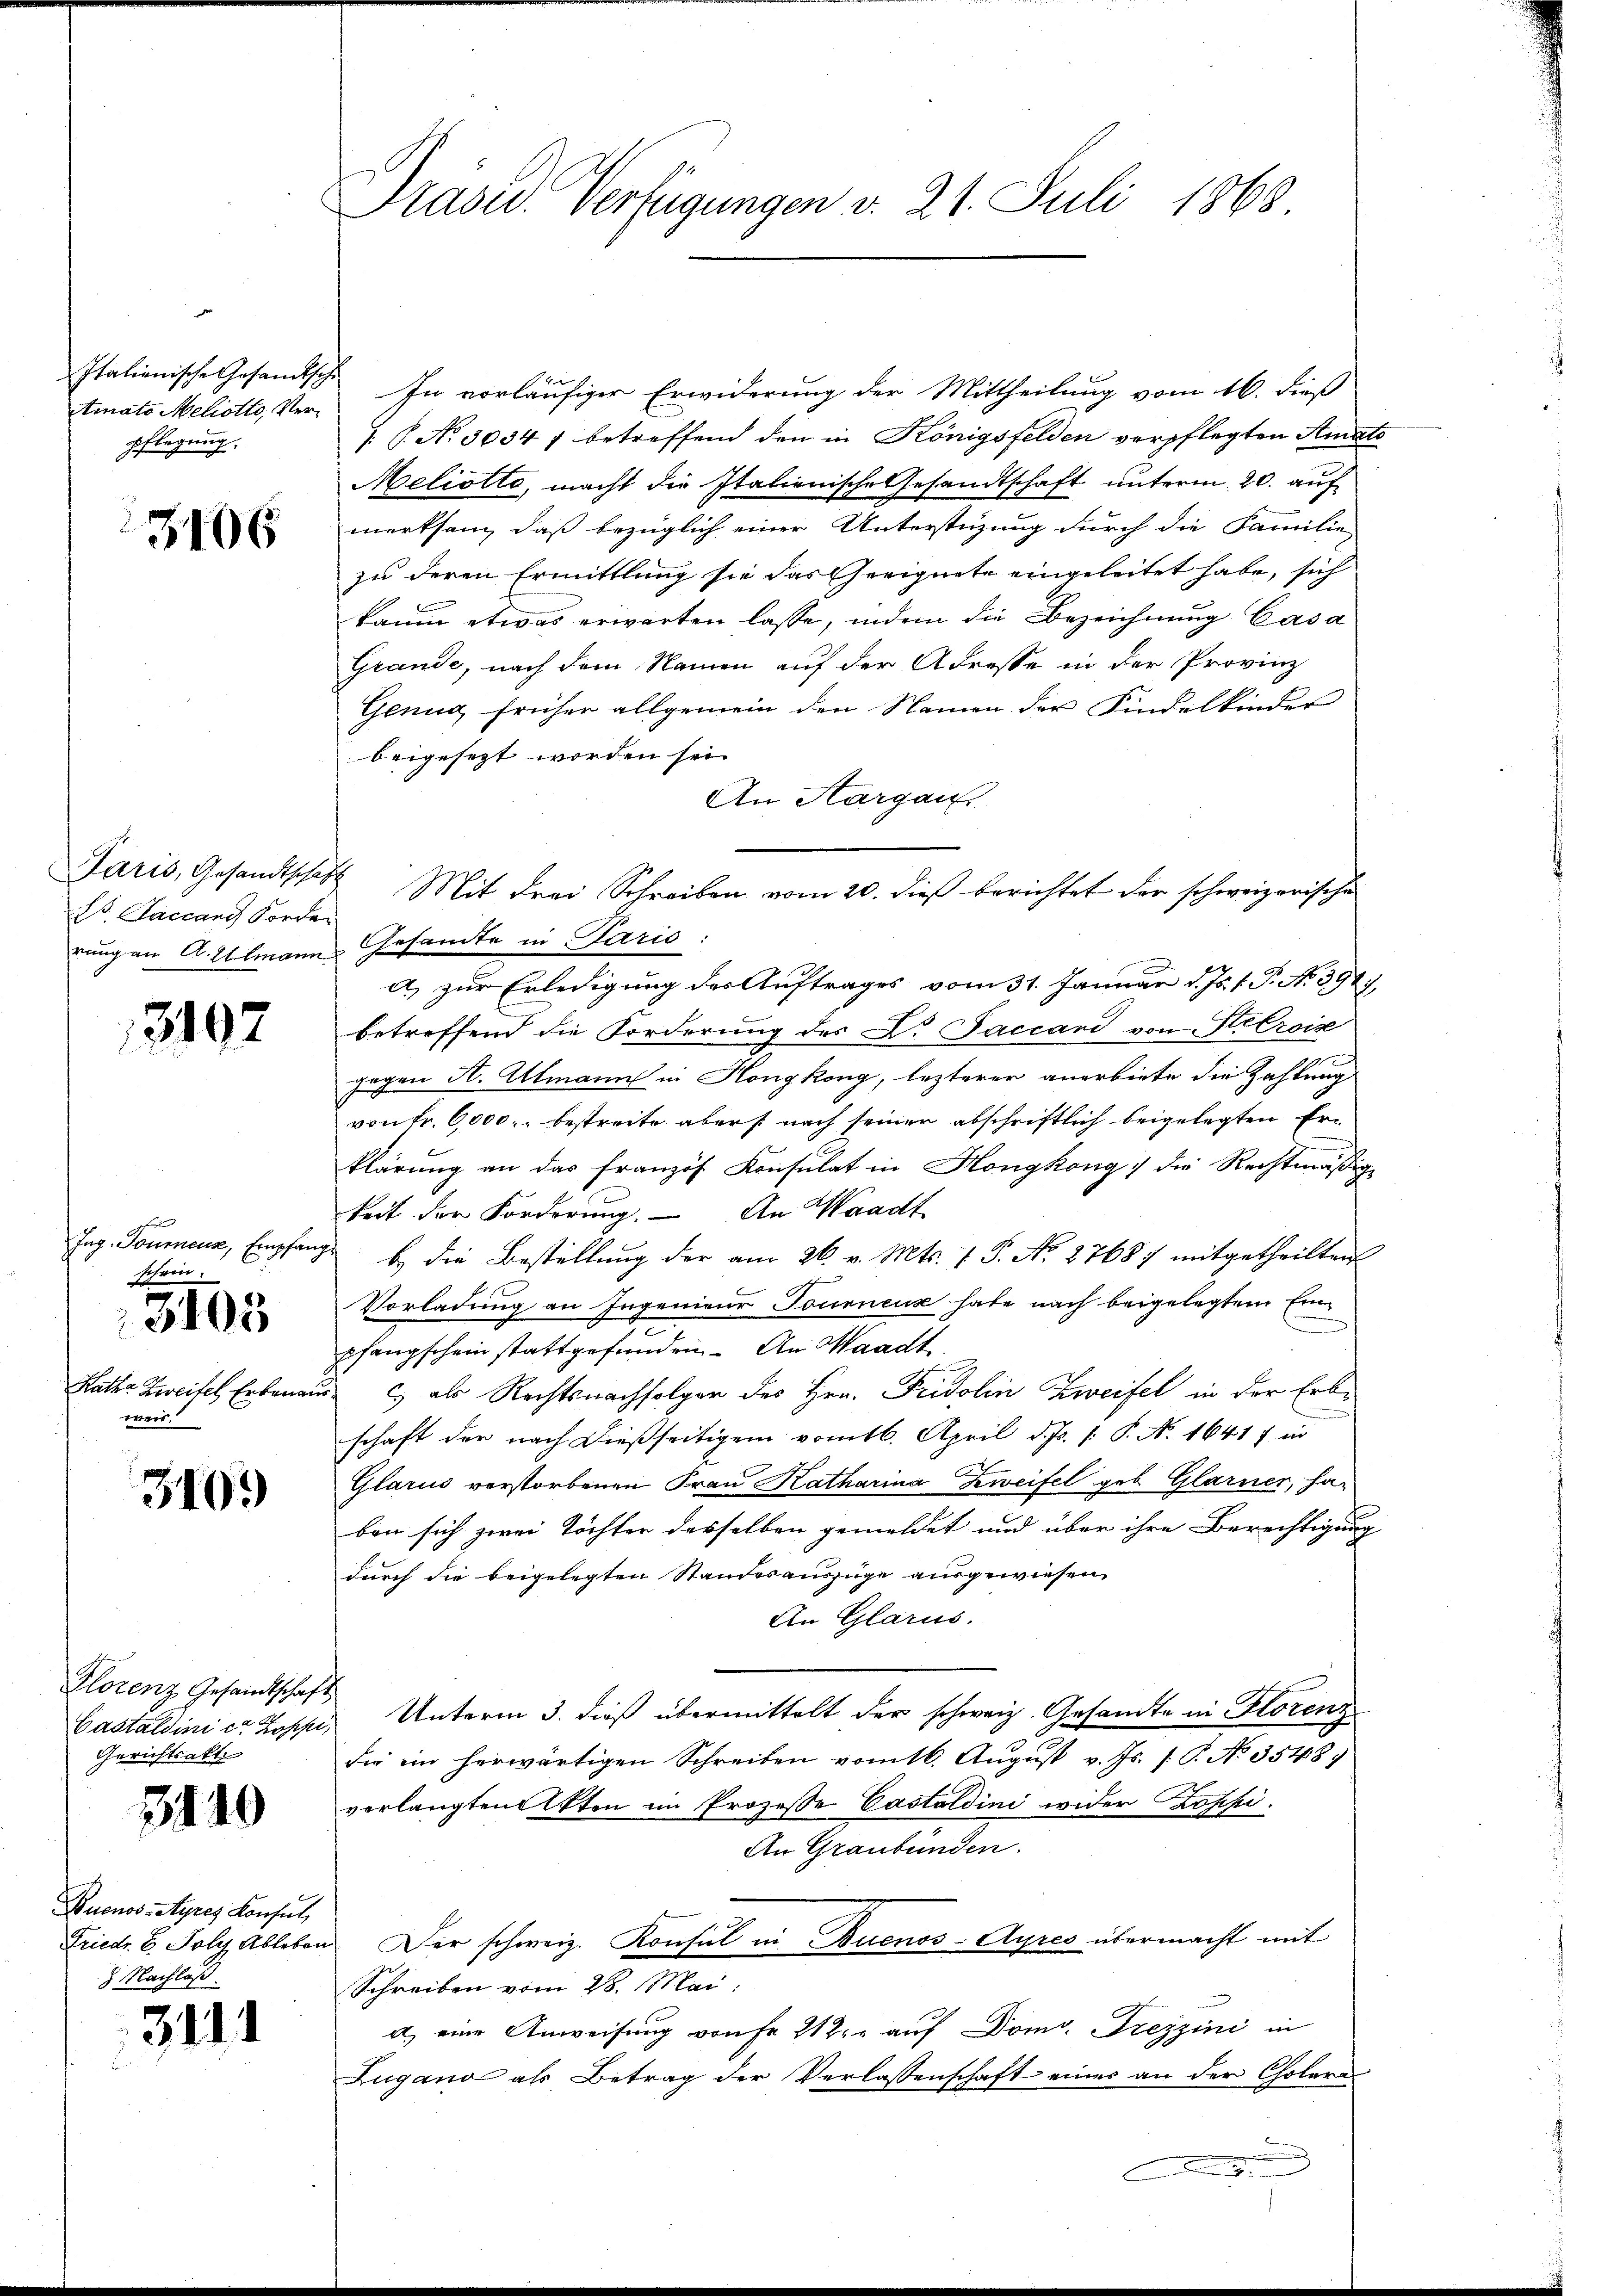
Italienische Gesandts¬
Atmato Meliotto, Verpflegung.

3106

Paris, Gesandtschaf
Dr. Factand Forder
rung an A. Allmann.

3197

Ing. Tourenz, Empfang
schwei

5105

Rathe Zweifel Erbenein
weis

3109

Florenz Gesandtschaft
Gerichtsakt

3140

Buenos-Ayres Konsul
Friedr. 6. Foly Ableben
9 Nachlaß.

3111

Präses Verfügungen d. 21. Juli 1868

In vorläufiger Erwiderung der Mittheilung vom 16. dieß
 P. No 30347 betreffend den in Königsfelden verpflegten Amate
Meliotta, macht die Italienische Gesandtschaft unterm 20. auf
merksam, daß bezüglich einer Unterstüzung durch die Familie
zu deren Ermittlung sie das Geeignete eingeleitet habe, sich
kaum etwas erwarten lasse, indem die Bezeichnung Casa
Grande, nach dem Namen auf der Adresse in der Provinz
Genug, früher allgemein den Namen der Kindelkinder
beigesetzt worden sei
An Aargau
Mit drei Schreiben vom 20. dieß berichtet der schweizerische
Gesandte in Paris:
a) zur Erledigung des Auftrages vom 31. Januar d. Js. f. P. No 394.
betreffend die Forderung des C. Faccari von Artroise
gegen A. Almann in Hongkong, lezterer anerbiete die Zahlung
von Fr. 6,000.- bestreite aber nach seiner abschriftlich beigelegten Erklärung an das französ. Konsulat in Hongkong) die Rechtmäßige
keit der Forderung. An Waadt
b.) Die Bestellung der am 26. v. Mts. 1 S. No. 27687 mitgetheilten
Vorladung an Ingenieur Tournenz habe nach beigelegtem Einm
pfangschein stattgefunden. An Waadt
c als Rechtsnachfolger des Hrn. Fridolin Zweifel in der Erbschaft der nach dießseitigem vom 16. April d. Js. [: P. N. 16417 in
Glarus verstorbenen Frau Katharina Zweifel geb. Glarner, ha-
ben sich zwei Töchter desselben gemeldet und über ihre Berechtigung
durch die beigelegten Standesauszüge ausgewiesen,
An Glarus.
Castaldini er Koppi, Unterm 3. dieß übermittelt der schweiz. Gesandte in Florenz
die im herwärtigen Schreiben vom 16. August v. Js. s. P. No. 3548)
verlangten Akten im Prozesse Castaldini wider Koppi¬
An Graubünden.
Der schweiz. Konsul in Buenos-Ayres übermacht mit
Schreiben vom 28. Mai:
a) eine Anweisung von Fr. 212. " auf Dom. Freyzini in
Zugano als Betrag der Verlassenschaft einer an der Cholern